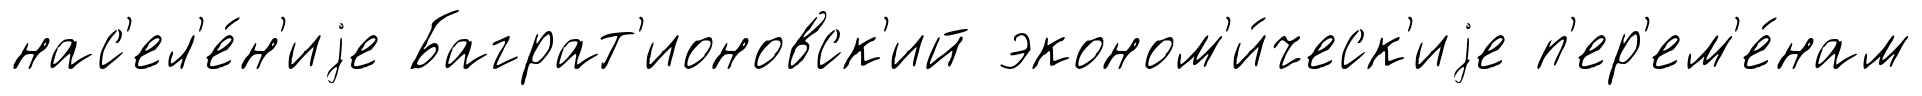
нас'ел'е́н'иjе Баграт'ионовск'ий эконом'и́ческ'иjе п'ер'ем'е́нам